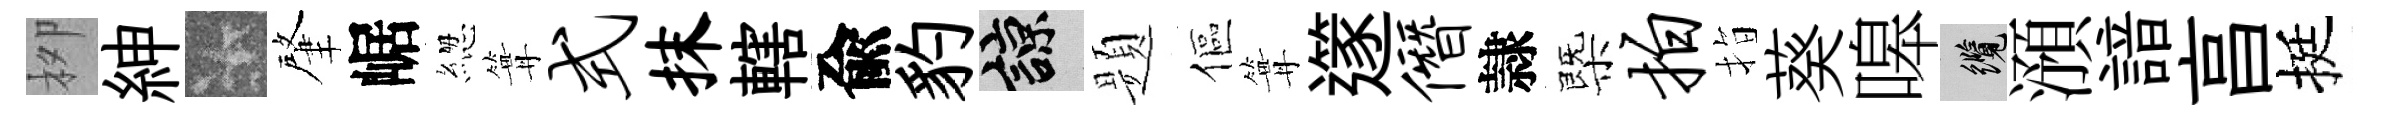
栁紳卡肇崌緫篝式抹轄兪豹諒题傴篝𨗹僭隷㮣拍指葵嗥纜澦諳亯挺